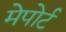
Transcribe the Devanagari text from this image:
मेपोर्ट